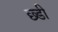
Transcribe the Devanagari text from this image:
छ्डी